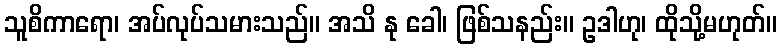
သူစိကာရော၊ အပ်လုပ်သမားသည်။ အသိ နု ခေါ၊ ဖြစ်သနည်း။ ဥဒါဟု၊ ထိုသို့မဟုတ်။